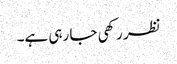
نظر رکھی جا رہی ہے۔